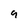
Character: 9